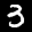
Label: 3